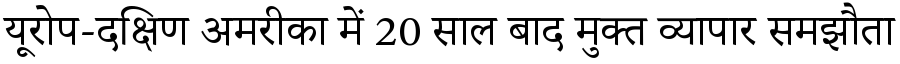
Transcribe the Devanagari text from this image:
यूरोप-दक्षिण अमरीका में 20 साल बाद मुक्त व्यापार समझौता